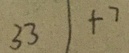
3 3 1 + 7